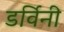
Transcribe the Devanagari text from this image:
डर्विनी